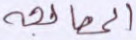
المعالجة